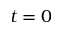
t = 0